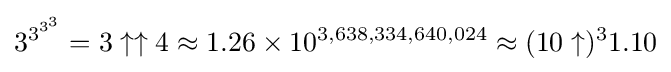
3^{3^{3^{3}}}=3\uparrow \uparrow 4\approx 1.26\times 10^{3,638,334,640,024}\approx (10\uparrow )^{3}1.10